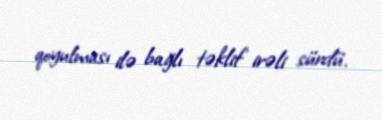
qoyulması ilə bağlı təklif irəli sürdü.